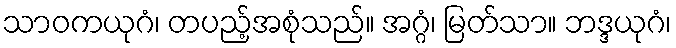
သာဝကယုဂံ၊ တပည့်အစုံသည်။ အဂ္ဂံ၊ မြတ်သာ။ ဘဒ္ဒယုဂံ၊